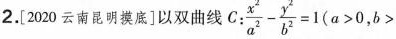
2.[2020云南昆明摸底]以双曲线C: $$\frac{x^{2}}{a^{2}}- \frac{y^{2}}{b^{2}}=1(a>0,b>$$